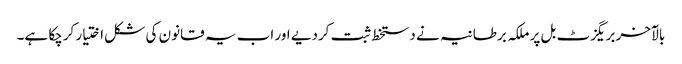
بالآخر بریگزٹ بل پر ملکہ برطانیہ نے دستخط ثبت کردیے اور اب یہ قانون کی شکل اختیار کرچکا ہے۔